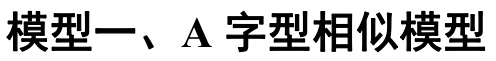
模型一、A字型相似模型